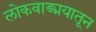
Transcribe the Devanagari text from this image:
लोकवाङ्मयातून